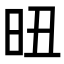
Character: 𣅴